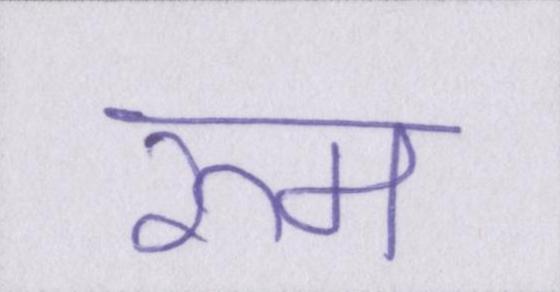
रूम